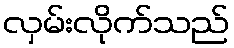
လှမ်းလိုက်သည်